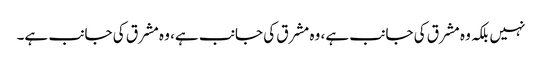
نہیں بلکہ وہ مشرق کی جانب ہے، وہ مشرق کی جانب ہے، وہ مشرق کی جانب ہے۔